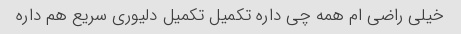
خیلی راضی ام همه چی داره تکمیل تکمیل دلیوری سریع هم داره